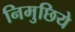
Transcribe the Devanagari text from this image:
निमुछिये